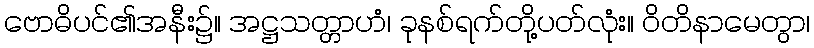
ဗောဓိပင်၏အနီး၌။ အဋ္ဌသတ္တာဟံ၊ ခုနစ်ရက်တို့ပတ်လုံး။ ဝိတိနာမေတွာ၊